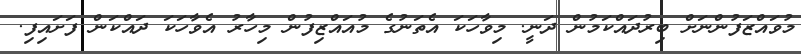
މުވައްޒަފުންނަށް ބިރުދައްކަމުން ދަނީ. މިވާހަކަ އެތަނުގެ މުއައްޒިފުން މިހާރު އެވާހަކަ ދައްކަން ފަށައިފި.